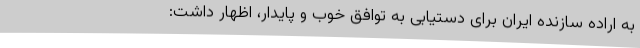
به اراده سازنده ایران برای دستیابی به توافق خوب و پایدار، اظهار داشت: